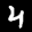
Label: 4